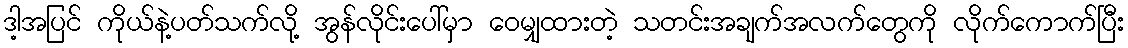
ဒါ့အပြင် ကိုယ်နဲ့ပတ်သက်လို့ အွန်လိုင်းပေါ်မှာ ဝေမျှထားတဲ့ သတင်းအချက်အလက်တွေကို လိုက်ကောက်ပြီး